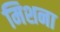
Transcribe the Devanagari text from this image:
मिशना